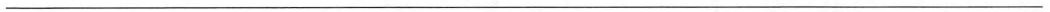
___